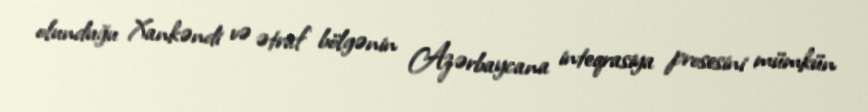
olunduğu Xankəndi və ətraf bölgənin Azərbaycana inteqrasiya prosesini mümkün